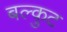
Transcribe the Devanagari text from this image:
बल्कुट